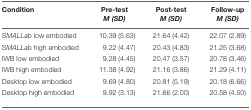
| Condition | Pre-test M (SD) | Post-test M (SD) | Follow-up M (SD) |
 | --- | --- | --- | --- |
 | SMALLab low embodied | 10.39 (5.63) | 21.64 (4.42) | 22.07 (2.89) |
 | SMALLab high embodied | 9.22 (4.47) | 20.43 (4.83) | 21.25 (3.68) |
 | IWB low embodied | 9.28 (4.45) | 20.47 (3.57) | 20.78 (3.46) |
 | IWB high embodied | 11.38 (4.92) | 21.16 (3.86) | 21.29 (4.11) |
 | Desktop low embodied | 9.69 (4.80) | 20.81 (5.19) | 20.18 (6.66) |
 | Desktop high embodied | 9.92 (3.13) | 21.66 (2.00) | 20.58 (4.50) |